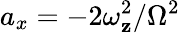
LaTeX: a_{x}=-2\omega_{\mathbf{z}}^{2}/\Omega^{2}